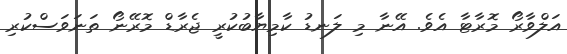
އަލްވާރޯ މޮރާޓާ އެވެ. އޭނާ މި ލަނޑު ކާމިޔާބުކުރީ ޖެރާޑް މޮރޭނޯ ތަނަވަސްކުރި